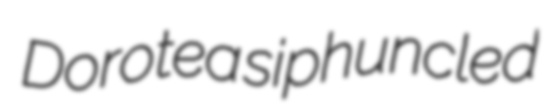
Dorotea siphuncled